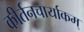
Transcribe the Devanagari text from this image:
कीर्तनचार्याकम्‌